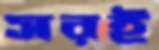
সরই